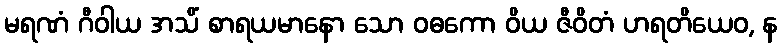
မရဏံ ဂီဝါယ အသိံ စာရယမာနော သော ဝဓကော ဝိယ ဇီဝိတံ ဟရတိယေဝ, န